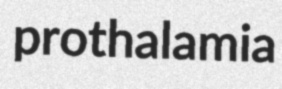
prothalamia